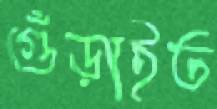
গুঁড়াইত